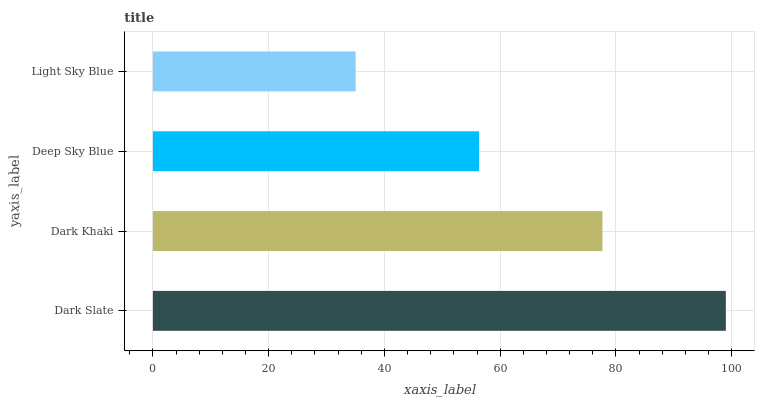
| yaxis_label | bars |
 | --- | --- |
 | Dark Slate | 99 |
 | Dark Khaki | 77.7 |
 | Deep Sky Blue | 56.4 |
 | Light Sky Blue | 35 |